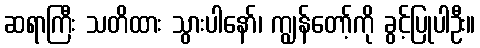
ဆရာကြီး သတိထား သွားပါနော်၊ ကျွန်တော့်ကို ခွင့်ပြုပါဦး။